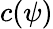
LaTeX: c(\psi)